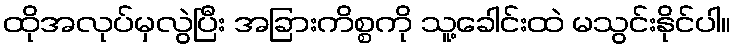
ထိုအလုပ်မှလွဲပြီး အခြားကိစ္စကို သူ့ခေါင်းထဲ မသွင်းနိုင်ပါ။